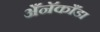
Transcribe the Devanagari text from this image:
अँनॅकाँडा